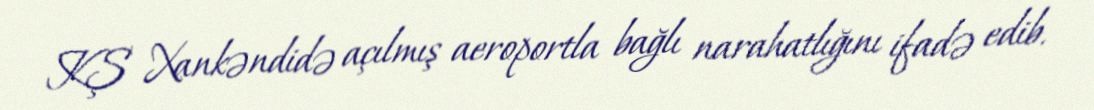
KŞ Xankəndidə açılmış aeroportla bağlı narahatlığını ifadə edib.